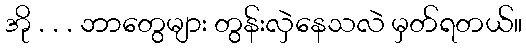
အို . . . ဘာတွေများ တွန်းလှဲနေသလဲ မှတ်ရတယ်။